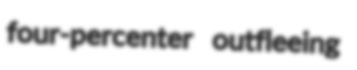
four-percenter outfleeing